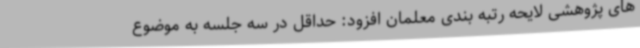
های پژوهشی لایحه رتبه بندی معلمان افزود: حداقل در سه جلسه به موضوع